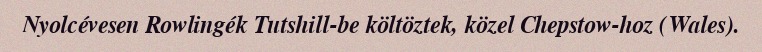
Nyolcévesen Rowlingék Tutshill-be költöztek, közel Chepstow-hoz (Wales).